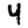
Digit: 4